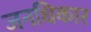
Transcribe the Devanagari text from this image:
जनधिकार